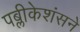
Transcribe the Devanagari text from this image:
पब्लीकेशंसने